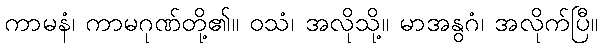
ကာမနံ၊ ကာမဂုဏ်တို့၏။ ဝသံ၊ အလိုသို့။ မာအနွဂံ၊ အလိုက်ပြီ။